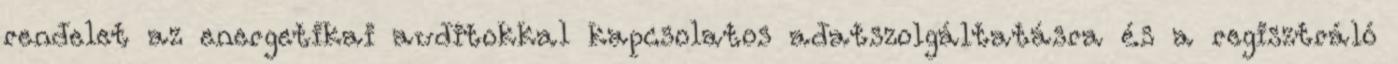
rendelet az energetikai auditokkal kapcsolatos adatszolgáltatásra és a regisztráló